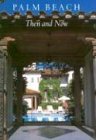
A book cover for Palm Beach: Then and Now; Maureen O'Sullivan; Travel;